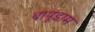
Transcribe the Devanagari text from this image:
बापूडाम